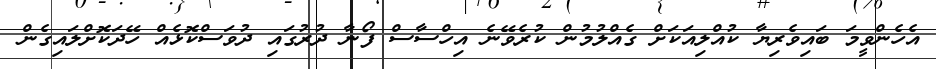
އެހެންވީމަ ބައިވެރިޔާ ކުއްލިއަކަށް ގެއްލުމުން ކުރެވޭނެ އިހްސާސް ފޯނާ ދުރުގައި ދުވަސްކޮޅެއް ހޭދަކޮށްލައިގެން